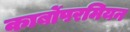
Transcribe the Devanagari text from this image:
कार्बोपरमियन